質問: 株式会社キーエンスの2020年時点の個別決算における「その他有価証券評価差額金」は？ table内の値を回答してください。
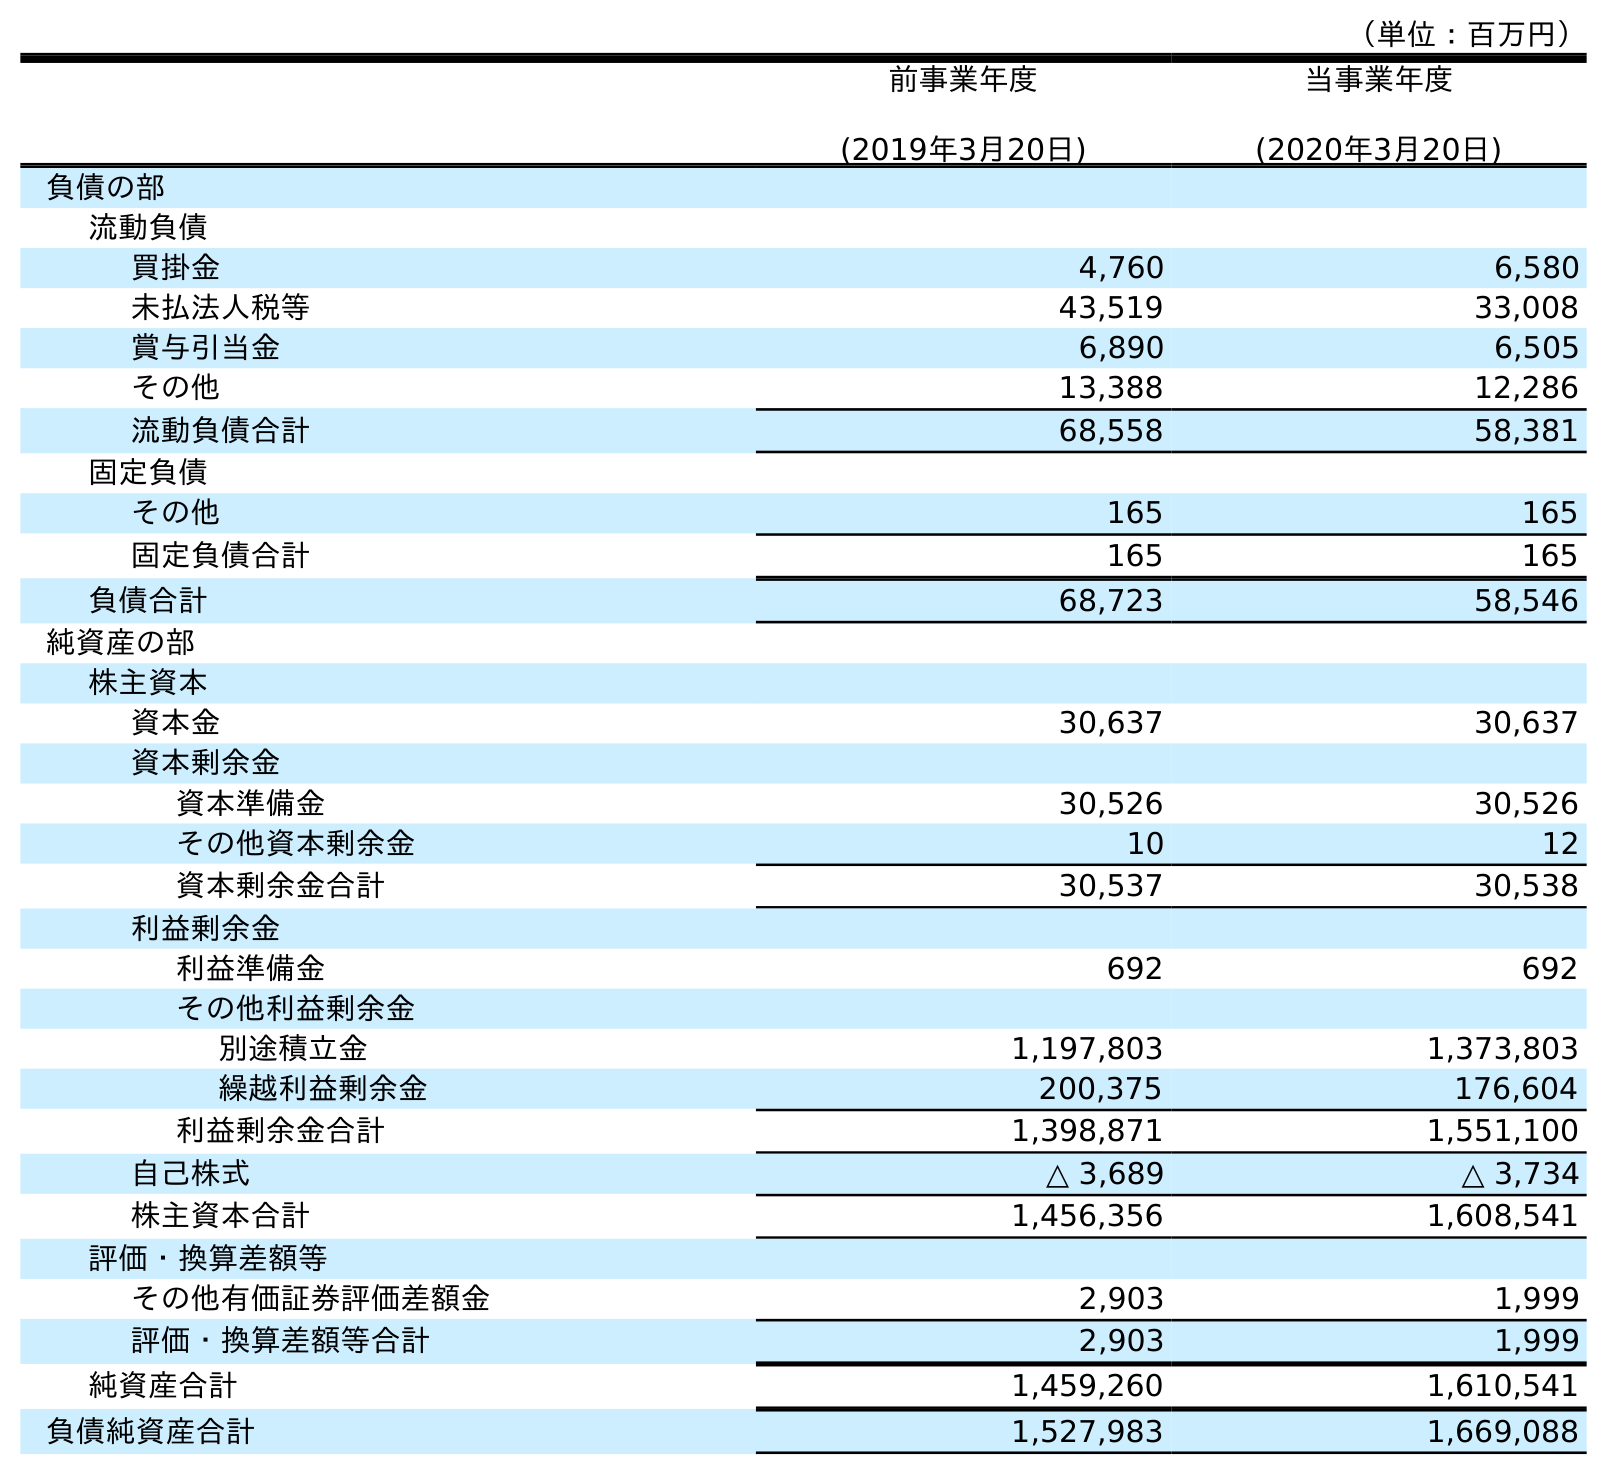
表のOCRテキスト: （単位：百万円） 前事業年度 (2019年3月20日) 当事業年度 (2020年3月20日) 負債の部 流動負債 買掛金 4,760 6,580 未払法人税等 43,519 33,008 賞与引当金 6,890 6,505 その他 13,388 12,286 流動負債合計 68,558 58,381 固定負債 その他 165 165 固定負債合計 165 165 負債合計 68,723 58,546 純資産の部 株主資本 資本金 30,637 30,637 資本剰余金 資本準備金 30,526 30,526 その他資本剰余金 10 12 資本剰余金合計 30,537 30,538 利益剰余金 利益準備金 692 692 その他利益剰余金 別途積立金 1,197,803 1,373,803 繰越利益剰余金 200,375 176,604 利益剰余金合計 1,398,871 1,551,100 自己株式 △ 3,689 △ 3,734 株主資本合計 1,456,356 1,608,541 評価・換算差額等 その他有価証券評価差額金 2,903 1,999 評価・換算差額等合計 2,903 1,999 純資産合計 1,459,260 1,610,541 負債純資産合計 1,527,983 1,669,088
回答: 1,999